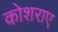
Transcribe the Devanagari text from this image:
कोशराए